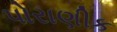
પોરાણીક